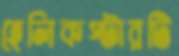
হেলিকপ্টারটি